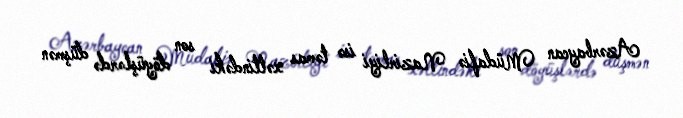
Azərbaycan Müdafiə Nazirliyi isə təmas xəttindəki son döyüşlərdə düşmən